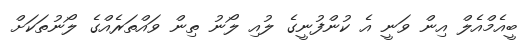
ބީއެމްއެލް އިން ވަނީ އެ ކުންފުނީގެ ލުއި ލޯނު ތިން ވައްތަރެއްގެ ލޯނުތަކަށް